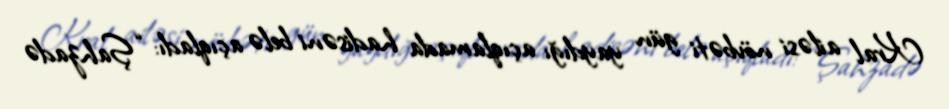
Kral ailəsi növbəti gün yaydığı açıqlamada hadisəni belə açıqladı: “Şahzadə